Vaccination report Assam 1896-1927 - 1896-1927
Year: 1896
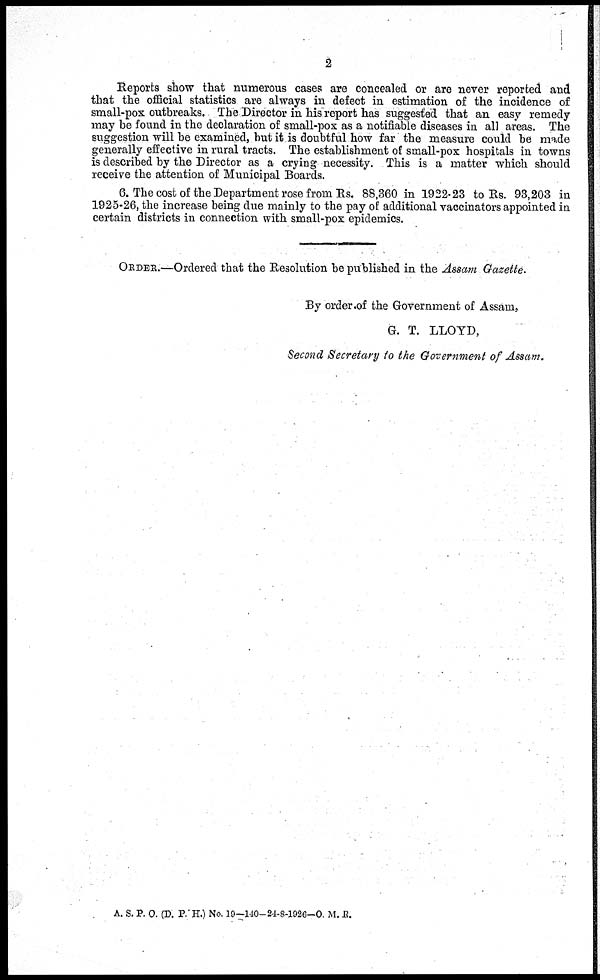
2
Reports show that numerous cases are concealed or are never reported and
that the official statistics are always in defect in estimation of the incidence of
small-pox outbreaks. The Director in his report has suggested that an easy remedy
may be found in the declaration of small-pox as a notifiable diseases in all areas. The
suggestion will be examined, but it is doubtful how far the measure could be made
generally effective in rural tracts. The establishment of small-pox hospitals in towns
is described by the Director as a crying necessity. This is a matter which should
receive the attention of Municipal Boards.
6. The cost of the Department rose from Rs. 88,360 in 1922-23 to Rs. 93,203 in
1925-26, the increase being due mainly to the pay of additional vaccinators appointed in
certain districts in connection with small-pox epidemics.
ORDER.—Ordered that the Resolution be published in the Assam Gazette.
By order of the Government of Assam,
G. T. LLOYD,
Second Secretary to the Government of Assam.
A. S. P. O. (D. P. H.) No. 19—140-24-8-1926-O. M. R.